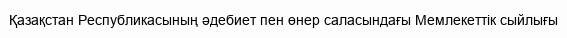
Қазақстан Республикасының әдебиет пен өнер саласындағы Мемлекеттік сыйлығы